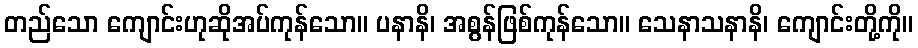
တည်သော ကျောင်းဟုဆိုအပ်ကုန်သော။ ပနာနိ၊ အစွန်ဖြစ်ကုန်သော။ သေနာသနာနိ၊ ကျောင်းတို့ကို။